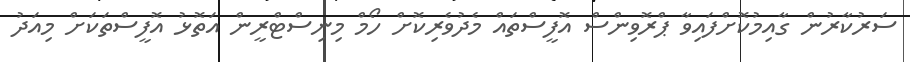
ސަރުކާރުން ގާއިމުކޮށްފައިވާ ޕްރޮވިންސް އޮފީސްތައް މެދުވެރިކޮށް ހޯމް މިނިސްޓްރީން އަތޮޅު އޮފީސްތަކަށް މިއަދު